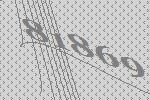
81869